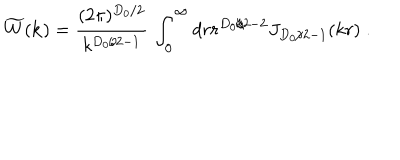
LaTeX: \widetilde { W } ( { \bf k } ) = \frac { ( 2 \pi ) ^ { { D _ { 0 } } / 2 } } { k ^ { { D _ { 0 } } / 2 - 1 } } \, \int _ { 0 } ^ { \infty } d r r ^ { { D _ { 0 } } / 2 - 2 } J _ { { D _ { 0 } } / 2 - 1 } ( k r ) \; .